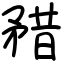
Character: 矠